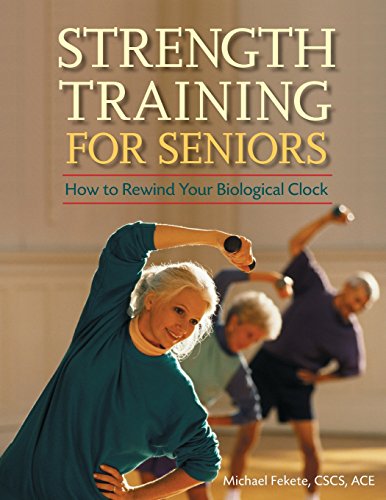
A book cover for Strength Training for Seniors: How to Rewind Your Biological Clock; Michael Fekete C.S.C.S.  A.C.E.; Health, Fitness & Dieting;